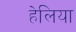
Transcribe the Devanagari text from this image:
हेलिया